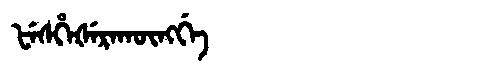
Manchu: ᡶᡝᠰᡥᡝᡧᡝᡵᠠᡴᡡᠩᡤᡝ
Romanization: FESHEŠERAKŪNGGE